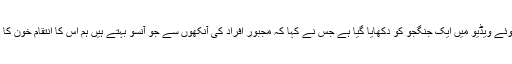
ایغور زبان میں تقریر کرتے ہوئے ویڈیو میں ایک جنگجو کو دکھایا گیا ہے جس نے کہا کہ مجبور افراد کی آنکھوں سے جو آنسو بہتے ہیں ہم اس کا انتقام خون کا ندیاں بہاکر لیں گے انشاء اللہ ۔